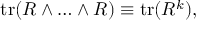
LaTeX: \mathrm { t r } ( R \wedge \ldots \wedge R ) \equiv \mathrm { t r } ( R ^ { k } ) ,